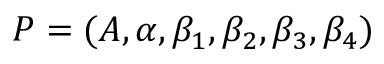
P = ( A , \alpha , \beta _ { 1 } , \beta _ { 2 } , \beta _ { 3 } , \beta _ { 4 } )